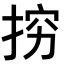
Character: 𭡅